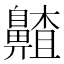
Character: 齄